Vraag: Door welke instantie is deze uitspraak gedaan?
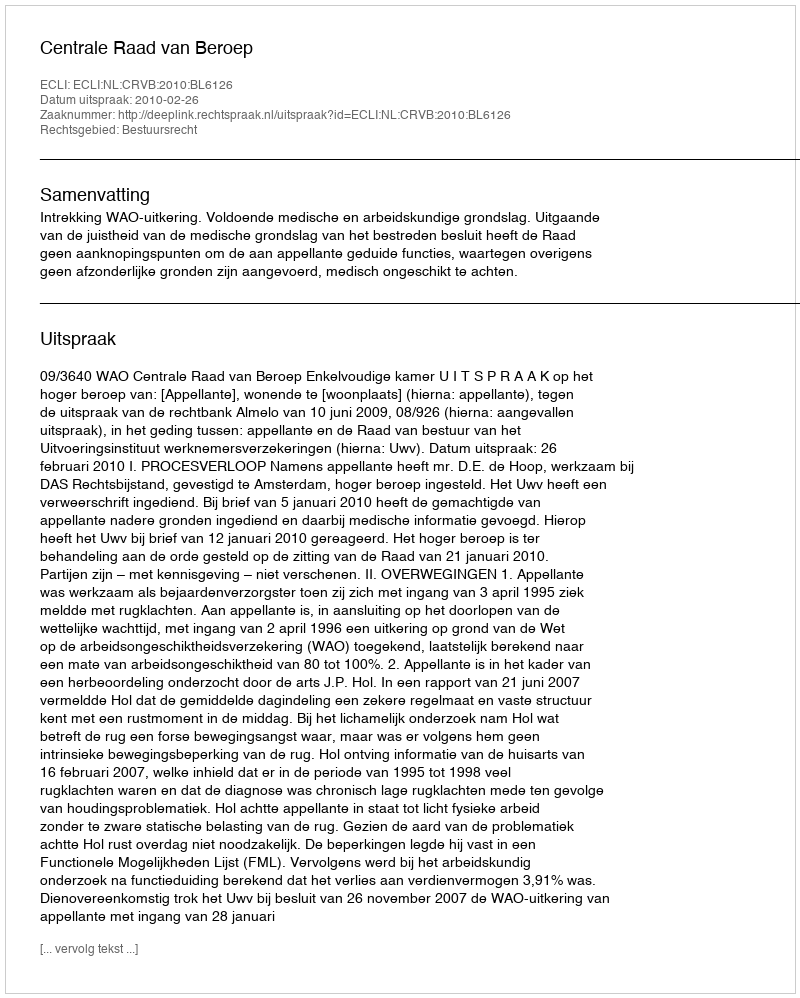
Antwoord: Centrale Raad van Beroep